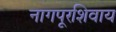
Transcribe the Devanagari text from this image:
नागपूरशिवाय